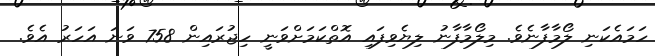
ހަމައެކަނި ލޯމާފާނެވެ. މިލޯމާފާނު ލިޔެވިފައި އޮތްކަމަށްވަނީ ހިޖުރައިން 758 ވަނަ އަހަރު އެވެ.